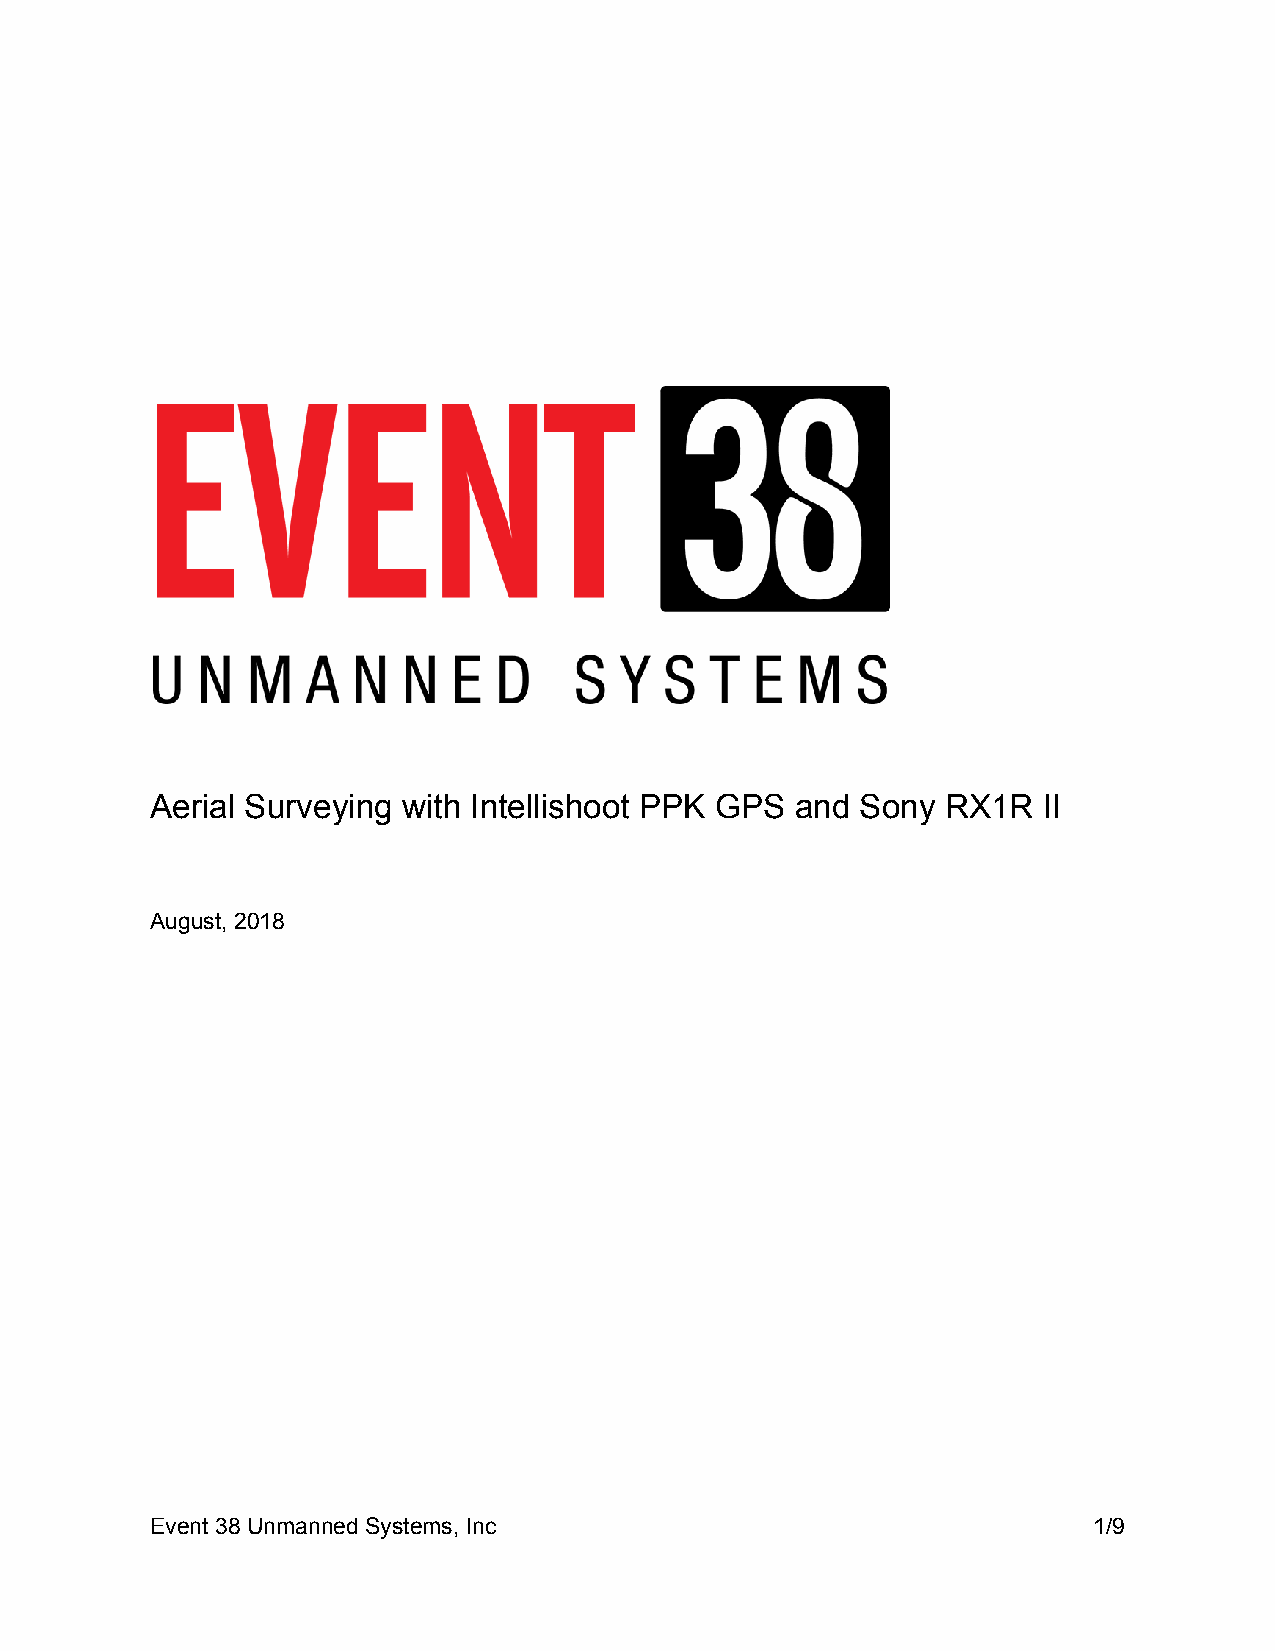
Aerial Surveying with Intellishoot PPK GPS and Sony  RX1R  II
 August, 2018
 Event 38 Unmanned Systems, Inc                                1/9